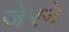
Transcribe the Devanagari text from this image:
जेरने